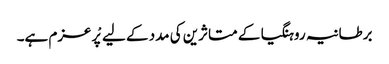
برطانیہ روہنگیا کے متاثرین کی مدد کے لیے پْرعزم ہے۔